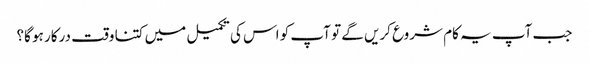
جب آپ یہ کام شروع کریں گے تو آپ کو اس کی تکمیل میں کتنا وقت درکار ہو گا؟